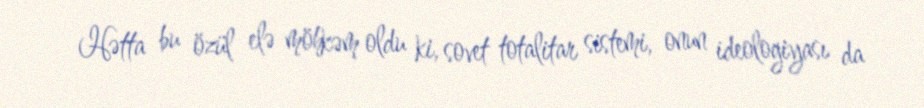
Hətta bu özül elə möhkəm oldu ki, sovet totalitar sistemi, onun ideologiyası da